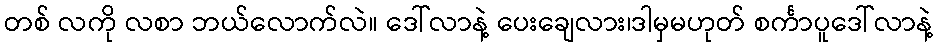
တစ် လကို လစာ ဘယ်လောက်လဲ။ ဒေါ်လာနဲ့ ပေးချေလား၊ဒါမှမဟုတ် စင်္ကာပူဒေါ်လာနဲ့